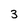
Character: 3